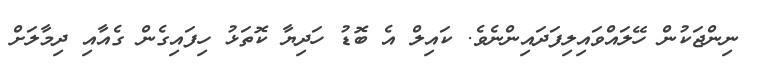
ނިންޖަކުން ހޭލައްވައިލިފަދައިންނެވެ. ކައިލް އެ ބޮޑު ހަދިޔާ ކޮތަޅު ހިފައިގެން ގެއާއި ދިމާލަށް